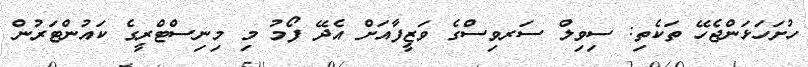
ހުށަހަޅަންޖެހޭ ތަކެތި: ސިވިލް ސަރވިސްގެ ވަޒީފާއަށް އެދޭ ފޯމު މި މިނިސްޓްރީގެ ކައުންޓަރުން